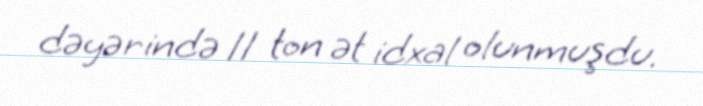
dəyərində 11 ton ət idxal olunmuşdu.